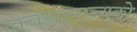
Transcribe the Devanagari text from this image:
जनसामान्‍यको